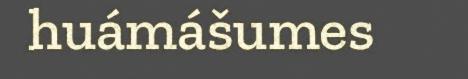
huámášumes